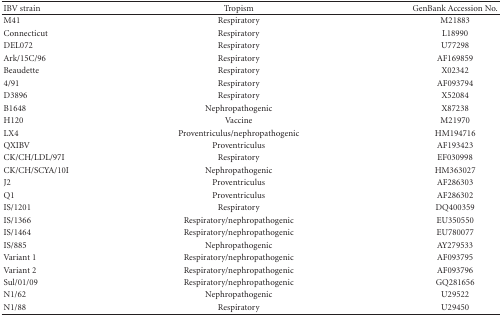
| IBV strain | Tropism | GenBank Accession No. |
 | --- | --- | --- |
 | M41 | Respiratory | M21883 |
 | Connecticut | Respiratory | L18990 |
 | DEL072 | Respiratory | U77298 |
 | Ark/15C/96 | Respiratory | AF169859 |
 | Beaudette | Respiratory | X02342 |
 | 4/91 | Respiratory | AF093794 |
 | D3896 | Respiratory | X52084 |
 | B1648 | Nephropathogenic | X87238 |
 | H120 | Vaccine | M21970 |
 | LX4 | Proventriculus/nephropathogenic | HM194716 |
 | QXIBV | Proventriculus | AF193423 |
 | CK/CH/LDL/97I | Respiratory | EF030998 |
 | CK/CH/SCYA/10I | Nephropathogenic | HM363027 |
 | J2 | Proventriculus | AF286303 |
 | Q1 | Proventriculus | AF286302 |
 | IS/1201 | Respiratory | DQ400359 |
 | IS/1366 | Respiratory/nephropathogenic | EU350550 |
 | IS/1464 | Respiratory/nephropathogenic | EU780077 |
 | IS/885 | Nephropathogenic | AY279533 |
 | Variant 1 | Respiratory/nephropathogenic | AF093795 |
 | Variant 2 | Respiratory/nephropathogenic | AF093796 |
 | Sul/01/09 | Respiratory/nephropathogenic | GQ281656 |
 | N1/62 | Nephropathogenic | U29522 |
 | N1/88 | Respiratory | U29450 |